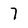
Character: 7